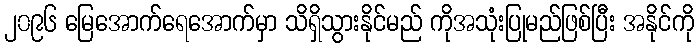
၂၀၉၆ မြေအောက်ရေအောက်မှာ သိရှိသွားနိုင်မည် ကိုအသုံးပြုမည်ဖြစ်ပြီး အနိုင်ကို